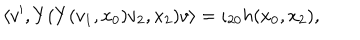
\left\langle v ^ { \prime } , Y ( Y ( v _ { 1 } , x _ { 0 } ) v _ { 2 } , x _ { 2 } ) v \right\rangle = \iota _ { 2 0 } h ( x _ { 0 } , x _ { 2 } ) ,